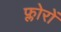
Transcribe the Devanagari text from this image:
फ्लोरों